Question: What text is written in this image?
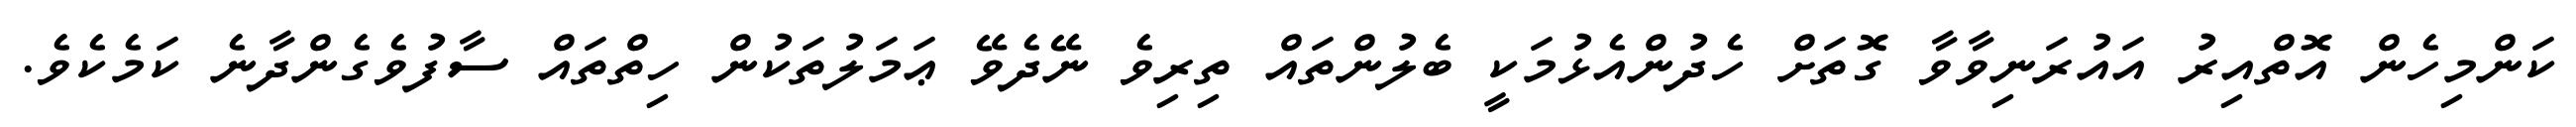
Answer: ކަންމިހެން އޮތްއިރު އައުރަނިވާވާ ގޮތަށް ހެދުންއެޅުމަކީ ބެލުންތައް ތިރިވެ ނޭދެވޭ ޢަމަލުތަކުން ހިތްތައް ސާފުވެގެންދާނެ ކަމެކެވެ.